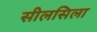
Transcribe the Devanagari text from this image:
सीलसिला